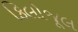
કિલોજૂલ